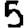
Digit: 5